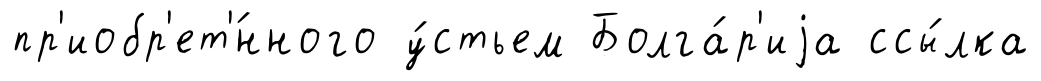
пр'иобр'ет'́нного у́стьем Болга́р'иjа ссы́лка